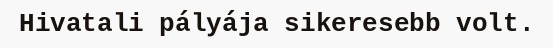
Hivatali pályája sikeresebb volt.